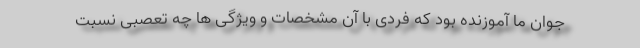
جوان ما آموزنده بود که فردی با آن مشخصات و ویژگی ها چه تعصبی نسبت